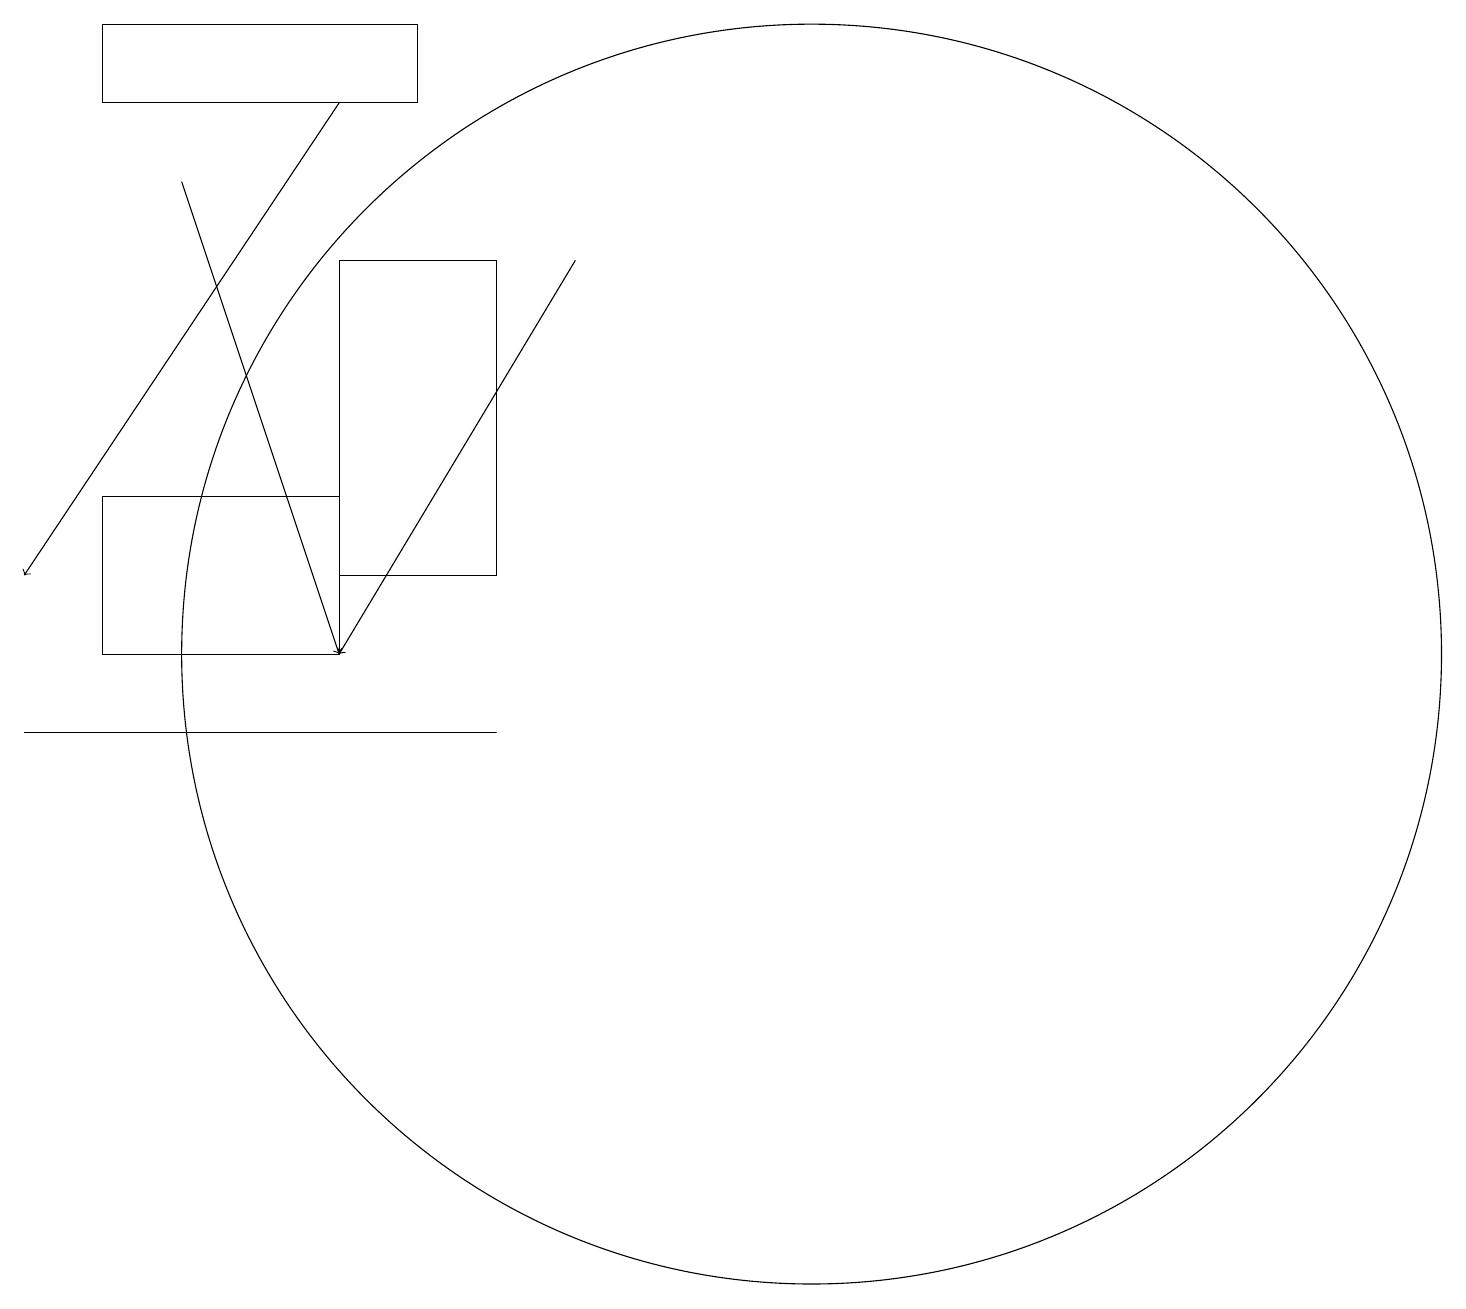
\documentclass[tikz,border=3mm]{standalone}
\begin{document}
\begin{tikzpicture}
\draw (10,11) circle (8);
\draw (6,10) rectangle (0,10);
\draw[->] (7,16) -- (4,11);
\draw[->] (2,17) -- (4,11);
\draw (4,11) rectangle (1,13);
\draw (1,19) rectangle (5,18);
\draw[->] (4,18) -- (0,12);
\draw (6,16) rectangle (4,12);
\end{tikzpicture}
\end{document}